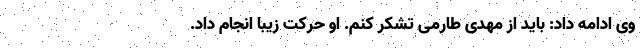
وی ادامه داد: باید از مهدی طارمی تشکر کنم. او حرکت زیبا انجام داد.